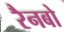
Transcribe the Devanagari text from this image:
रैनबो